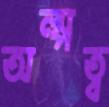
অল্পত্ব